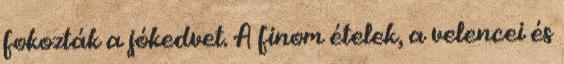
fokozták a jókedvet. A finom ételek, a velencei és